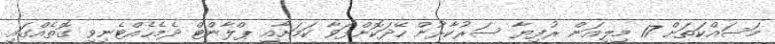
މަސައްކަތަށް 17 މިލިއަން ރުފިޔާ ސަރުކާރުން ހޭދަކޮށްފަވާ ކަމަށާއި ޕްލާންޓް ދެމެހެއްޓެނިވި ގޮތެއްގައި